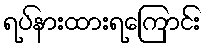
ရပ်နားထားရကြောင်း